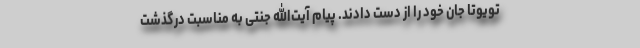
تویوتا جان خود را از دست دادند. پیام آیت‌الله جنتی به مناسبت درگذشت